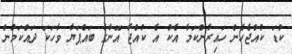
ކުޑަ ކުއްޖެހެން ހައިރާންކަމާ އެކު އެ ކުއްޖާ އޭނާގެ ބައްޕަޔާ ވާހަކަ ދައްކަމުން